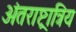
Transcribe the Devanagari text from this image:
अंतराष्ट्रात्रिय